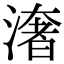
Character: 㵔